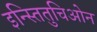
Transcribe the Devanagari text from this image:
इन्स्तितुचिओन